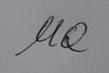
Signature authenticity: forged